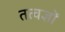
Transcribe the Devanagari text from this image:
तत्वज्ञों